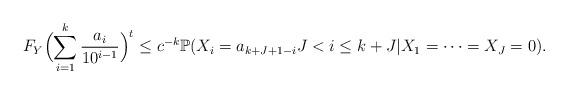
LaTeX: \begin{align*}F_{Y}\Bigl(\sum_{i=1}^k\frac{a_i}{10^{i-1}}\Bigr)^t\le c^{-k}\mathbb{P}(X_i=a_{k+J+1-i}J< i\le k+J|X_1=\dots=X_J=0).\end{align*}